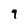
Character: 9